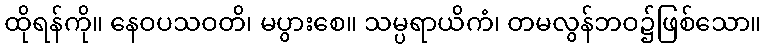
ထိုရန်ကို။ နေဝပသဝတိ၊ မပွားစေ။ သမ္ပရာယိကံ၊ တမလွန်ဘဝ၌ဖြစ်သော။